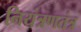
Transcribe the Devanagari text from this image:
नियंत्रणतंत्र